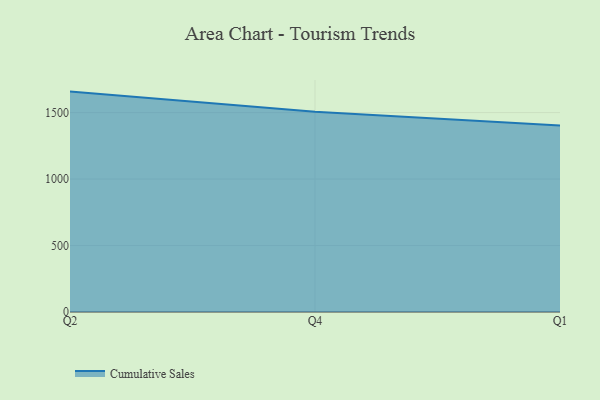
{"axis": {"x": "Quarter", "y": "Page Views"}, "legend": ["Cumulative Sales"], "data": [{"x": "Q2", "y": 1657.9, "type": "Cumulative Sales"}, {"x": "Q4", "y": 1506.0, "type": "Cumulative Sales"}, {"x": "Q1", "y": 1402.7, "type": "Cumulative Sales"}]}